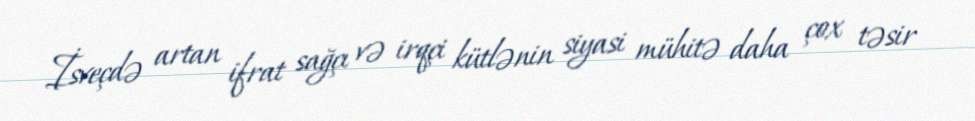
İsveçdə artan ifrat sağçı və irqçi kütlənin siyasi mühitə daha çox təsir